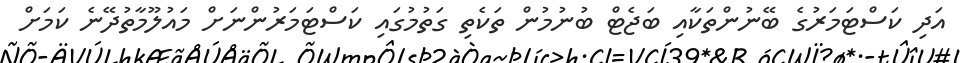
އަދި ކަސްޓަމަރުގެ ބޭނުންތަކާއި ބަޖެޓް ބުނުމުން ތަކެތި ގަތުމުގައި ކަސްޓަމަރުންނަށް މައުލޫމާތުދޭނެ ކަމަށް